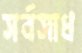
সর্বসাধ